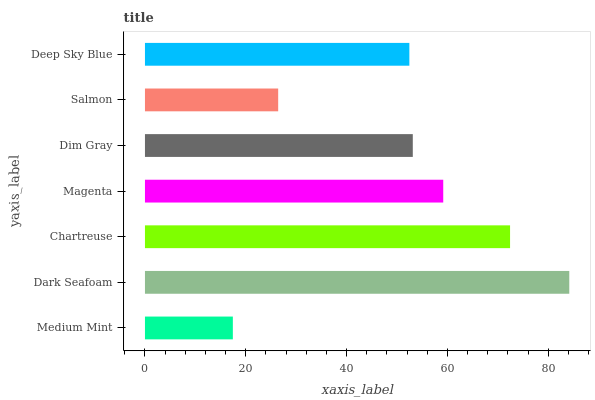
| yaxis_label | bars |
 | --- | --- |
 | Medium Mint | 17.4 |
 | Dark Seafoam | 84.2 |
 | Chartreuse | 72.4 |
 | Magenta | 59.2 |
 | Dim Gray | 53.1 |
 | Salmon | 26.4 |
 | Deep Sky Blue | 52.4 |